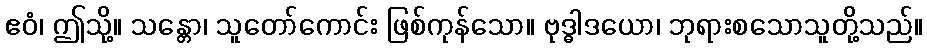
ဧဝံ၊ ဤသို့။ သန္တော၊ သူတော်ကောင်း ဖြစ်ကုန်သော။ ဗုဒ္ဓါဒယော၊ ဘုရားစသောသူတို့သည်။